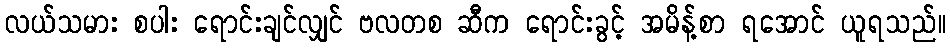
လယ်သမား စပါး ရောင်းချင်လျှင် ဗလတစ ဆီက ရောင်းခွင့် အမိန့်စာ ရအောင် ယူရသည်။